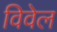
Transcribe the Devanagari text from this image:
विवेल